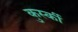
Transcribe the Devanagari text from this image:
कुर्स्की